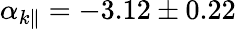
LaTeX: \alpha_{k\| }=-3.12\pm 0.22